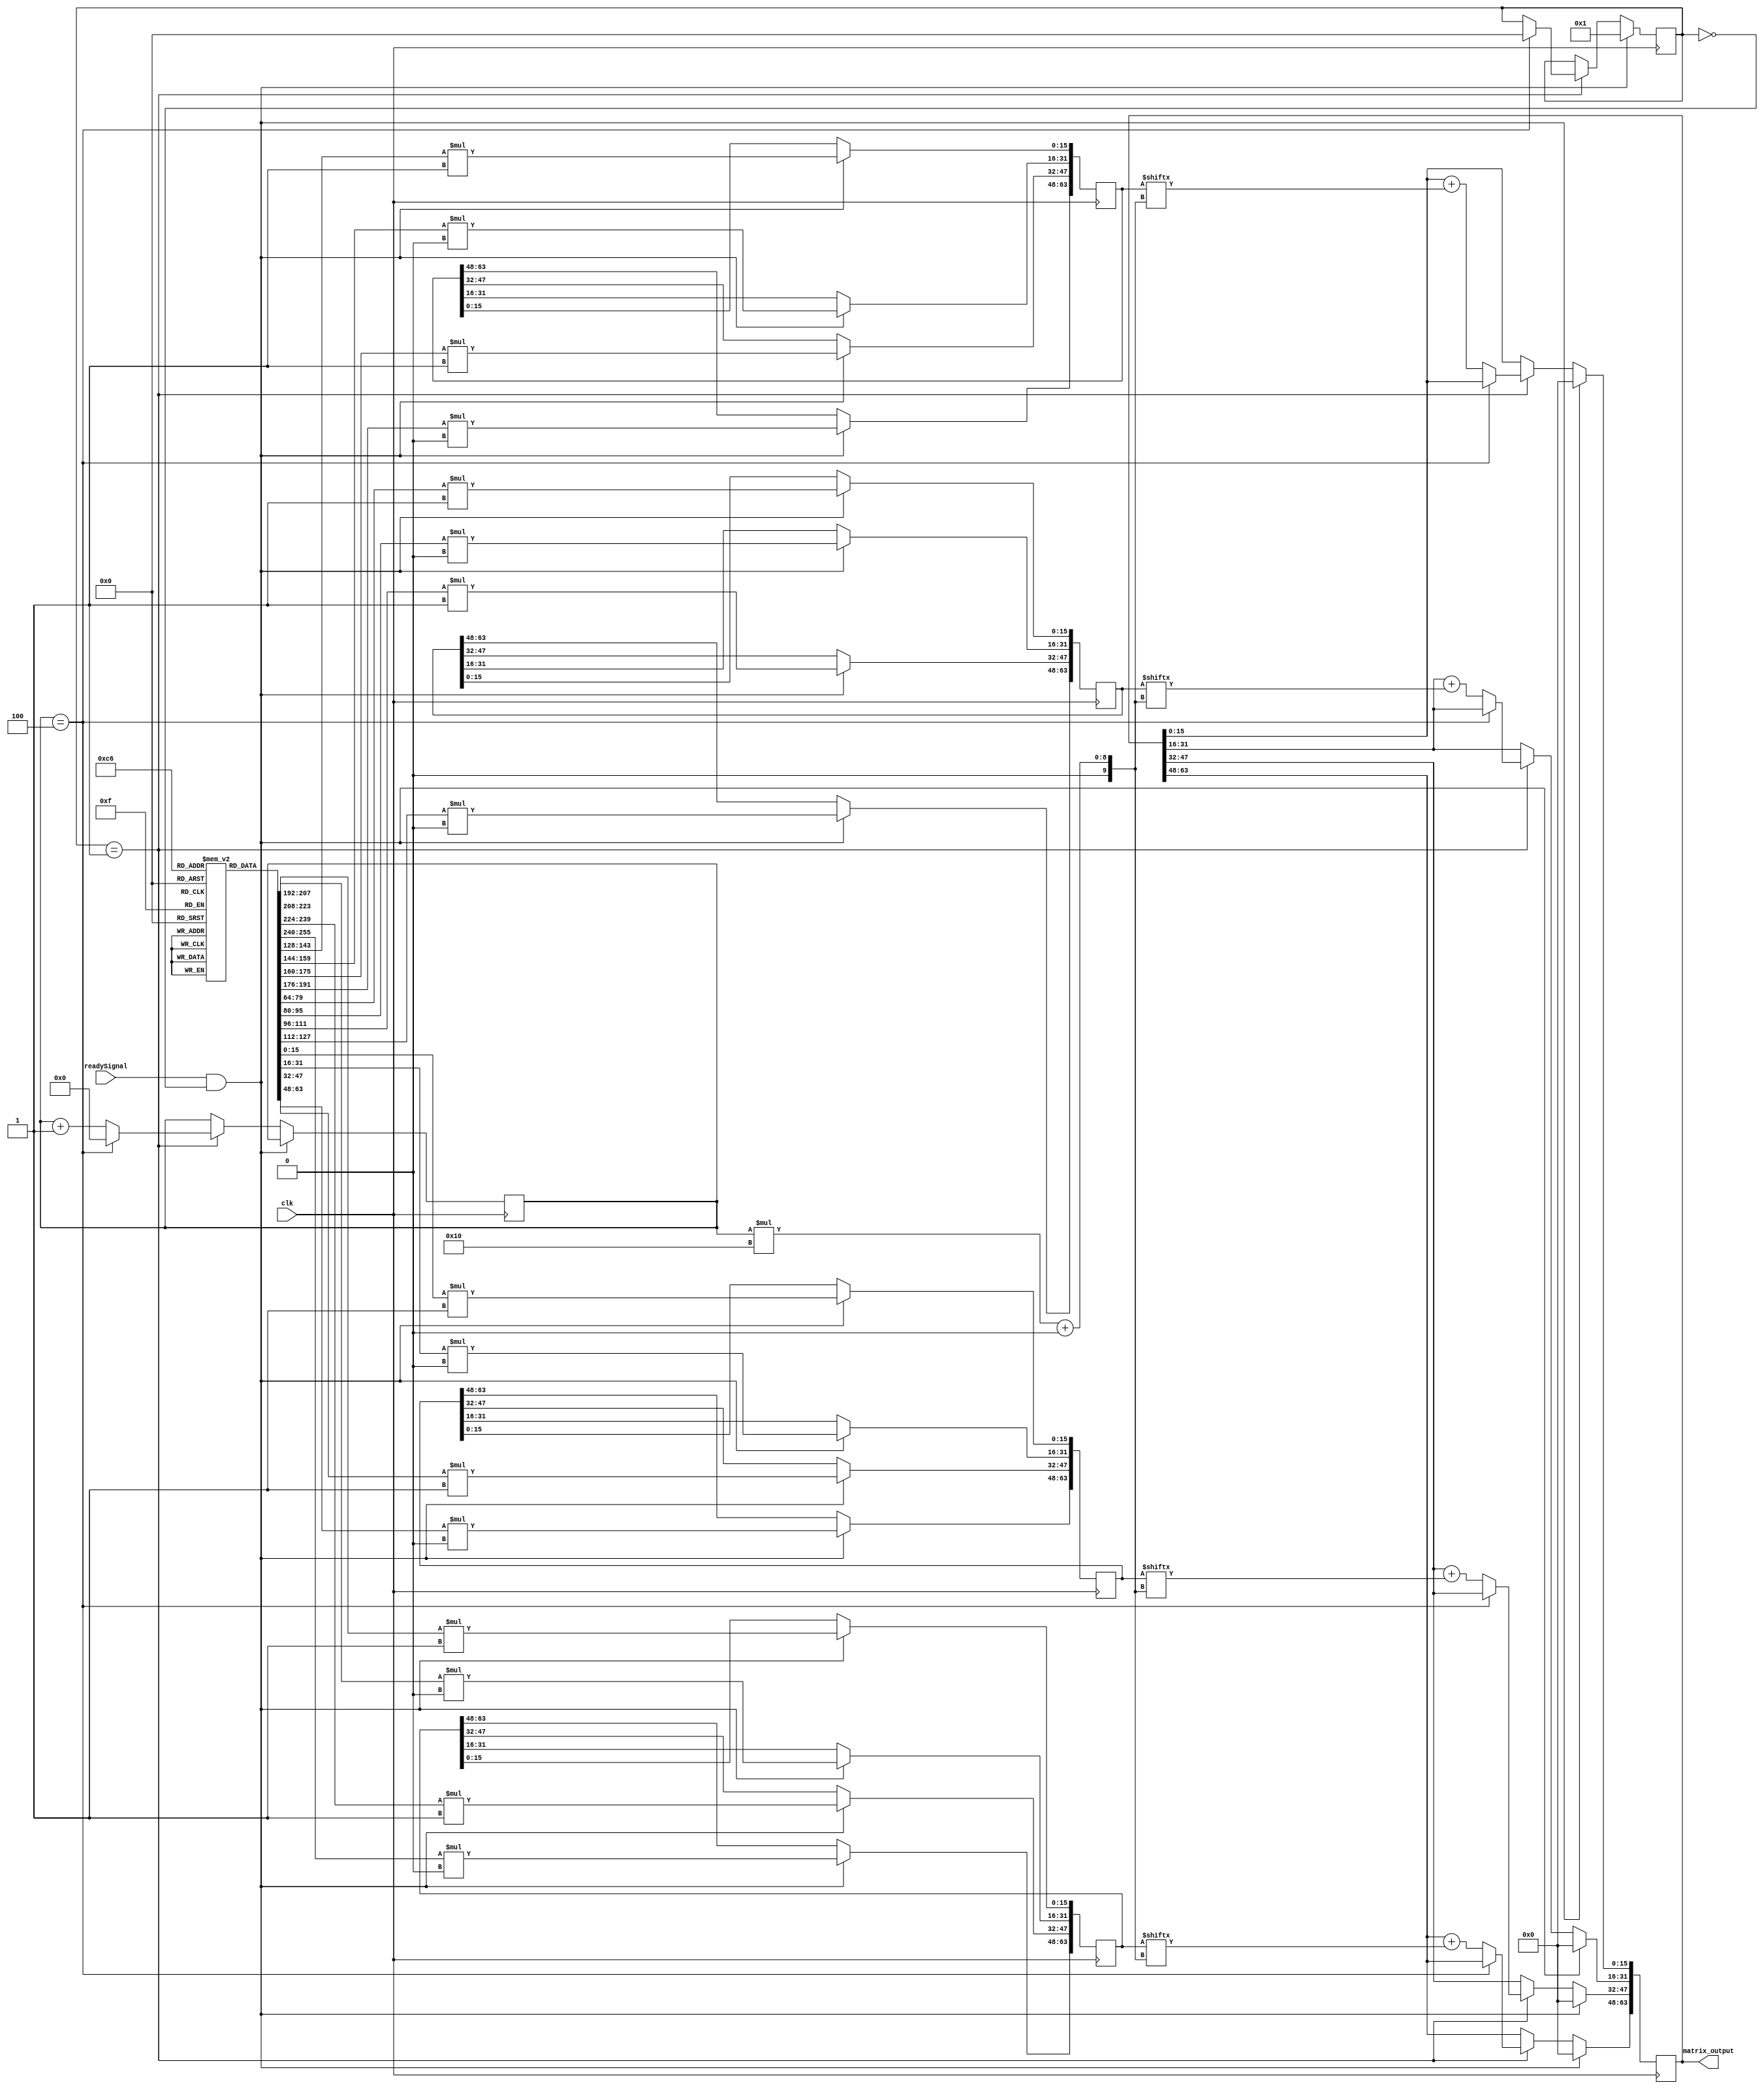
`timescale 1ns / 1ps

module loop
    # 
    (parameter N = 8'd4,
               DATABITS = 8'd16
    )
    (
    input clk, 
    input readySignal,
    output reg signed [DATABITS*N-1:0] matrix_output
    );
    integer  result_row;
    integer  term_number;
    integer  k; // for counting N
    
    reg [7:0] binary_tree_counter = 0;
    reg [DATABITS*N-1:0] matrixInputs[N-1:0];
    reg [DATABITS*N-1:0] sums[N-1:0];
    reg [3:0] FSM = 0;
    reg [N-1:0] x = 4'b0101;
    initial begin
        matrix_output = 0;
        for (k = 0; k <= N - 1; k = k + 1)
        begin
            sums[k] = 0;
        end
        for (result_row = 0; result_row<=N-1; result_row = result_row+1)
            for (k = 0; k <= N - 1; k = k + 1)
            begin
                matrixInputs[result_row][k*DATABITS +: DATABITS] = result_row+k;
            end
    end
    always @(posedge clk) begin
        if(readySignal == 1 && FSM == 0) begin
            FSM <= 1;
            matrix_output <= 0;
            for (result_row = 0; result_row<=N-1; result_row = result_row +1)
                for (term_number = 0; term_number <= N-1; term_number = term_number +1)
                begin
                    sums[result_row][term_number*DATABITS +: DATABITS]
                        <= matrixInputs[result_row][term_number*DATABITS +: DATABITS]*x[term_number]; 
                end
        end
        else if(FSM == 1) begin 
            if(binary_tree_counter == N) begin
                FSM <= 0;
                binary_tree_counter <= 0;
            end
            else begin // summing algorithm 
                for(k = 0;k < N; k = k+1) begin
                    matrix_output[DATABITS*k +: DATABITS] <= matrix_output[DATABITS*k +: DATABITS] + sums[k][binary_tree_counter*DATABITS +: DATABITS];
                end
                binary_tree_counter <= binary_tree_counter +1;
            end
        end 
    end
endmodule